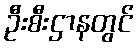
ဦးစီးဌာနတွင်